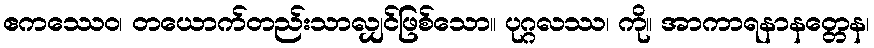
ဧကဿေဝ၊ တယောက်တည်းသာလျှင်ဖြစ်သော။ ပုဂ္ဂလဿ၊ ကို။ အာကာရနာနတ္တေန၊